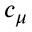
c _ { \mu }